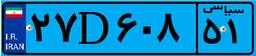
۴۲D۳۶۲۰۰